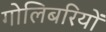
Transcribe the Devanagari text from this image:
गोलिबरियों